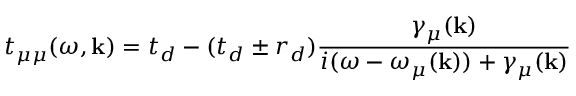
t _ { \mu \mu } ( \omega , \mathbf { k } ) = t _ { d } - ( t _ { d } \pm r _ { d } ) \frac { \gamma _ { \mu } ( \mathbf { k } ) } { i ( \omega - \omega _ { \mu } ( \mathbf { k } ) ) + \gamma _ { \mu } ( \mathbf { k } ) }